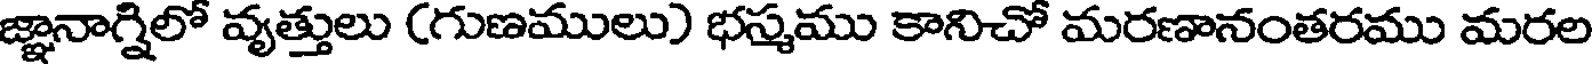
జ్ఞానాగ్నిలో వృత్తులు (గుణములు) భస్మము కానిచో మరణానంతరము మరల